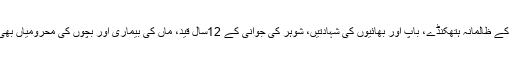
قید و بند کی صعوبتیں، آمرانہ حکومتوں کے ظالمانہ ہتھکنڈے، باپ اور بھائیوں کی شہادتیں، شوہر کی جوانی کے 12سال قید، ماں کی بیماری اور بچوں کی محرومیاں بھی بی بی کو اپنے مقصد سے ہٹا نہ سکیں۔